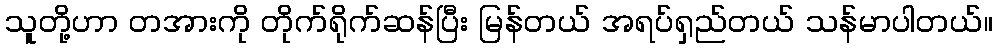
သူတို့ဟာ တအားကို တိုက်ရိုက်ဆန်ပြီး မြန်တယ် အရပ်ရှည်တယ် သန်မာပါတယ်။